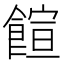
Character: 𩝑